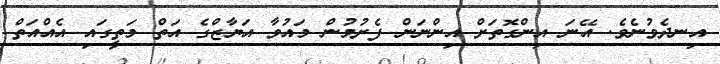
އިނދެވުނެވެ. އޭނަ އިންގޮތަށް އިންނަން ފެށުމުން މައުވާ އަޔާޒްގެ އަތް މަތީގައި އެއްއަތް